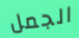
الجمل